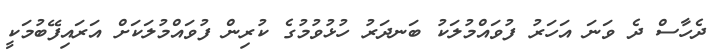
ދެހާސް ދެ ވަނަ އަހަރު ފުވައްމުލަކު ބަނދަރު ހުޅުވުމުގެ ކުރިން ފުވައްމުލަކަށް އަރައިފޭބުމަކީ